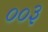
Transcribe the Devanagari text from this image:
००३